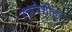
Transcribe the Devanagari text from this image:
रक्तपेशीहून